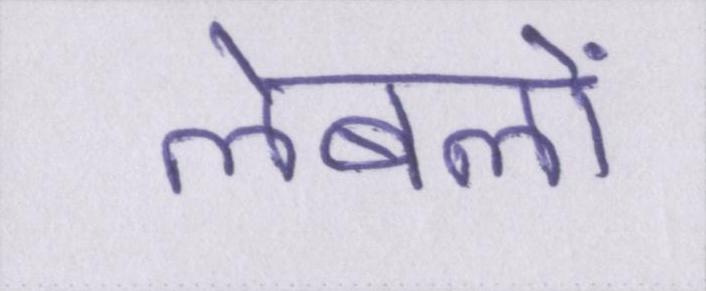
लेबलों